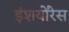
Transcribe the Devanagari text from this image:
इंशयोंरेस